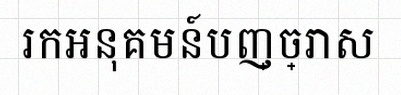
រកអនុគមន៍បញ្ច្រាស